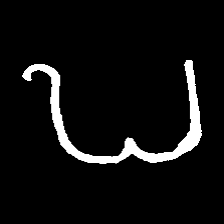
Pyu character \u2014 Myanmar letter: ဎ (romanized: ddha)